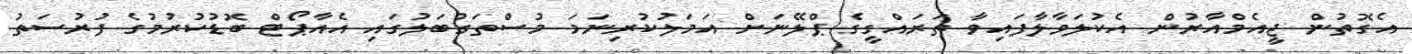
އެގޮތުން ޖީއެމްއާރުން އެކުލަވާލާފައިވާ ތަރައްގީގެ ޕްލޭނަށް އަމަލުކުރިނަމަ މުސްތަގުބަލުގައި އެއާޕޯޓް ބޮޑުކުރުމުގެ ފުރުސަތު